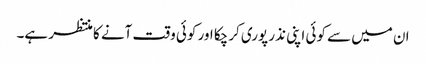
ان میں سے کوئی اپنی نذر پوری کرچکا اور کوئی وقت آنے کا منتظر ہے۔